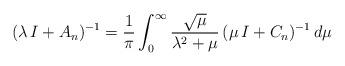
LaTeX: \begin{align*}(\lambda \, I + A_n)^{-1}= \frac{1}{\pi} \int_0^\infty \frac{\sqrt{\mu}}{\lambda^2 + \mu} \, (\mu \, I + C_n)^{-1} \, d\mu\end{align*}